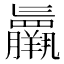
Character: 𮊷